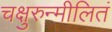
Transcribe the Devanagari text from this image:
चक्षुरुन्मीलितं